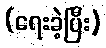
(ရေးခဲ့ပြီး)